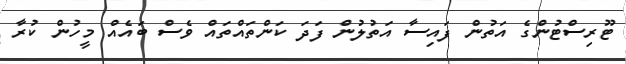
ޓޫރިސްޓުންގެ އަތުން ފައިސާ އަތުލުން ފަދަ ކަންތައްތައް ވެސް ބައެއް މީހުން ކުރާ